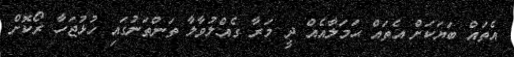
އެތައް ބަޔަކަށް އެތައް ޙަމަލާއެއް ދީ މަރާ ގެއްލުވާލާ ތަންތަނުގައި ހުޅުޖަހާ ރޯކޮށް